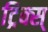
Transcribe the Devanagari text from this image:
ट्रिक्स्